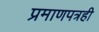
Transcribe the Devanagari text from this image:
प्रमाणपत्रही